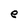
Character: e